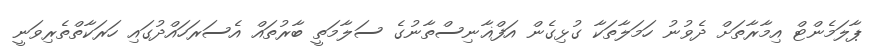
ޕާލަމެންޓް އިމާރާތަށް ދެވުނު ހަމަލާތަކާ ގުޅިގެން އަފްޣާނިސްތާނުގެ ސަލާމަތީ ބާރުތައް އެސަރަހައްދުގައި ހަރަކާތްތެރިވަނީ